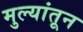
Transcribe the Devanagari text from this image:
मुल्यांतून